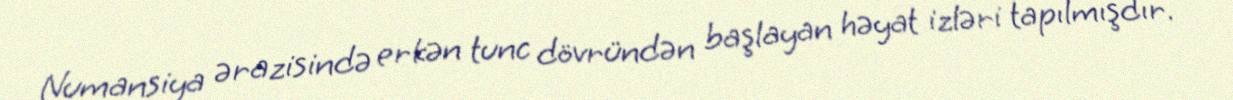
Numansiya ərazisində erkən tunc dövründən başlayan həyat izləri tapılmışdır.